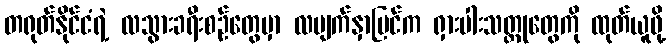
တရုတ်နိုင်ငံရဲ့ လသွားခရီးစဉ်တွေမှာ လမျက်နှာပြင်က ရှားပါးသတ္တုတွေကို ထုတ်ယူဖို့